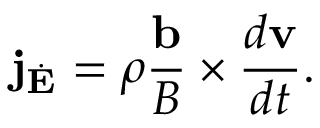
\mathbf { j } _ { \dot { \mathbf { E } } } = \rho \frac { \mathbf { b } } { B } \times \frac { d \mathbf { v } } { d t } .